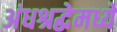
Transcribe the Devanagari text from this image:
अंधश्रद्धेमध्ये